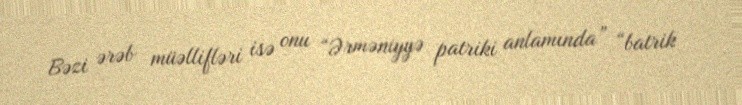
Bəzi ərəb müəllifləri isə onu “Ərməniyyə patriki anlamında” “batrik